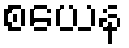
စယေန